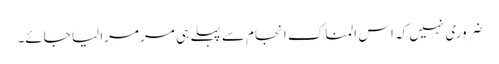
ضروری نہیں کہ اس المناک انجام سے پہلے ہی مر مرا لیا جائے۔